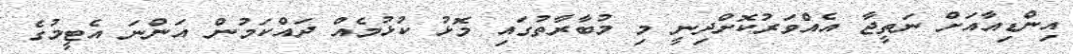
އިންޑިއާއަށް ނަތީޖާ އެއްވަރުކޮށްދިނީ މި މުބާރާތުގައި މޮޅު ކުޅުމެއް ދައްކަމުން އަންނަ އެޓީމުގެ